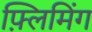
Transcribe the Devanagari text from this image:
फ़्लिमिंग